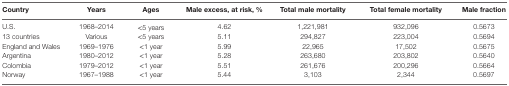
<table><thead><tr><td><b>Country</b></td><td><b>Years</b></td><td><b>Ages</b></td><td><b>Male excess, at risk, %</b></td><td><b>Total male mortality</b></td><td><b>Total female mortality</b></td><td><b>Male fraction</b></td></tr></thead><tbody><tr><td>U.S.</td><td>1968–2014</td><td>&lt;5 years</td><td>4.62</td><td>1,221,981</td><td>932,096</td><td>0.5673</td></tr><tr><td>13 countries</td><td>Various</td><td>&lt;5 years</td><td>5.11</td><td>294,827</td><td>223,004</td><td>0.5694</td></tr><tr><td>England and Wales</td><td>1969–1976</td><td>&lt;1 year</td><td>5.99</td><td>22,965</td><td>17,502</td><td>0.5675</td></tr><tr><td>Argentina</td><td>1980–2012</td><td>&lt;1 year</td><td>5.28</td><td>263,680</td><td>203,802</td><td>0.5640</td></tr><tr><td>Colombia</td><td>1979–2012</td><td>&lt;1 year</td><td>5.51</td><td>261,676</td><td>200,296</td><td>0.5664</td></tr><tr><td>Norway</td><td>1967–1988</td><td>&lt;1 year</td><td>5.44</td><td>3,103</td><td>2,344</td><td>0.5697</td></tr></tbody></table>